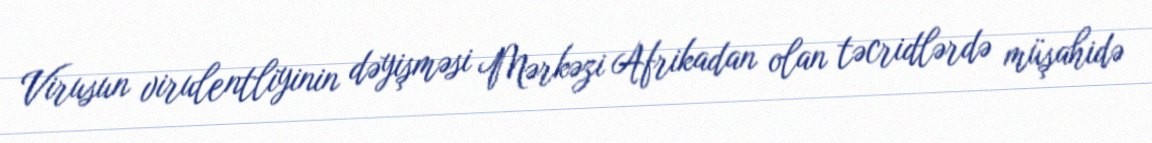
Virusun virulentliyinin dəyişməsi Mərkəzi Afrikadan olan təcridlərdə müşahidə